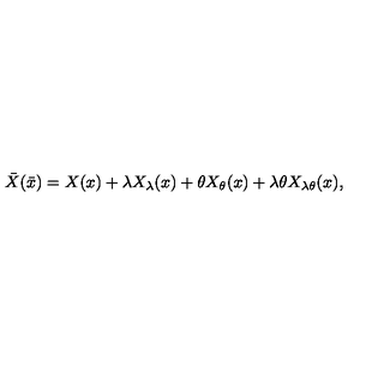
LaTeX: \bar { X } ( \bar { x } ) = X ( x ) + \lambda X _ { \lambda } ( x ) + \theta X _ { \theta } ( x ) + \lambda \theta X _ { \lambda \theta } ( x ) ,